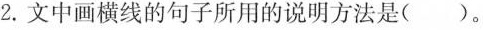
2. 文中画横线的句子所用的说明方法是( )。